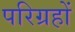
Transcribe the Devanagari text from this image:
परिग्रहों